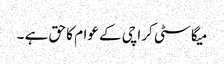
میگا سٹی کراچی کے عوام کا حق ہے ۔